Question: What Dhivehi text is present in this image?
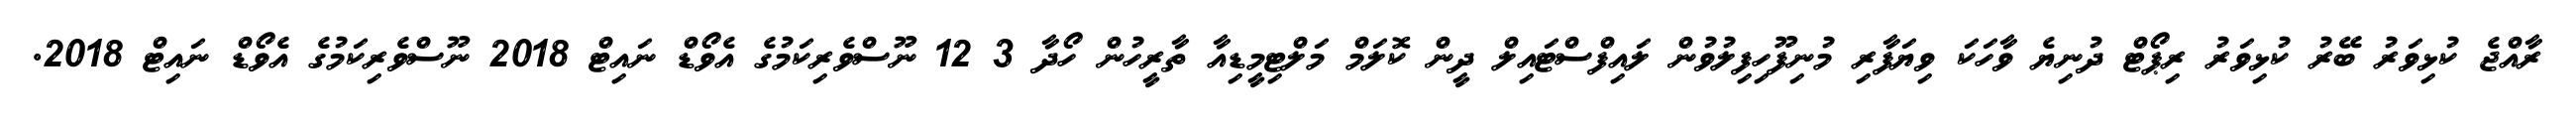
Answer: ރާއްޖެ ކުޅިވަރު ބޭރު ކުޅިވަރު ރިޕޯޓް ދުނިޔެ ވާހަކަ ވިޔަފާރި މުނިފޫހިފިލުވުން ލައިފްސްޓައިލް ދީން ކޮލަމް މަލްޓިމީޑިއާ ތާރީހުން ހޯދާ 3 12 ނޫސްވެރިކަމުގެ އެވޯޑް ނައިޓް 2018 ނޫސްވެރިކަމުގެ އެވޯޑް ނައިޓް 2018.